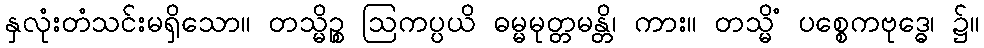
နှလုံးတံသင်းမရှိသော။ တသ္မိဉ္စ ဩကပ္ပယိ ဓမ္မမုတ္တမန္တိ၊ ကား။ တသ္မိံ ပစ္စေကဗုဒ္ဓေ၊ ၌။